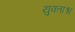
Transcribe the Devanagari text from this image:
युक्ताश्च